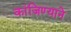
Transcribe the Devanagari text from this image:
कांजिण्याने